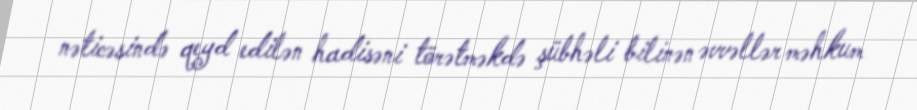
nəticəsində qeyd edilən hadisəni törətməkdə şübhəli bilinən əvvəllər məhkum